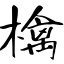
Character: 檎